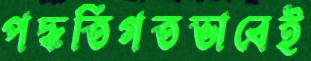
পদ্ধতিগতভাবেই